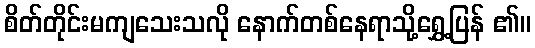
စိတ်တိုင်းမကျသေးသလို နောက်တစ်နေရာသို့ရွှေ့ပြန် ၏။